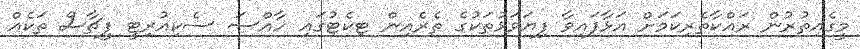
މީގެއިތުރުން ރައްކާތެރިކަމަށް އަޅާފައިވާ ފިޔަވަޅުތަކުގެ ތެރެއިން ޓިކެޓުގައި ހާއްސަ ސެކިއުރިޓީ ފީޗާސް ތަކެއް